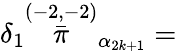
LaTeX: \delta_{1}\stackrel{(-2,-2)}{\bar{\pi}}_{\alpha_{2k+1}}=